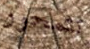
تتمحور